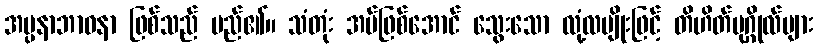
အပ္ပနာဘာဝနာ ဖြစ်သည် မည်၏။ သံတုံး အပ်ဖြစ်အောင် သွေးသော လုံ့လမျိုးဖြင့် တိဟိတ်ပုဂ္ဂိုလ်များ